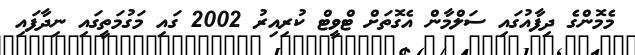
މެމޮންގެ ދިފާއުގައި ސަލްމާން އެގޮތަށް ޓްވީޓް ކުރިއިރު 2002 ގައި މަގުމަތީގައި ނިދާފައި